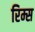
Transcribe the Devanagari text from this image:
रिम्स